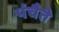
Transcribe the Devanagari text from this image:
पंचैते